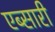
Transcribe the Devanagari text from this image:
एब्सारी